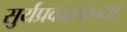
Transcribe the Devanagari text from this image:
सुर्यप्रकाशाच्या